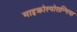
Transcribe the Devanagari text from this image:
माइक्रोस्पोरान्गिया